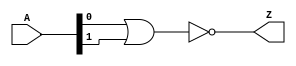
module nor_2in_v (
  input [1:0] A,
  output Z
  );

  nor(Z, A[0], A[1]);

endmodule //nor_2in_v